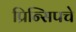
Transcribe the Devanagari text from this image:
प्रिन्सिपचे